Scottish Leaving Certificate Examination, 1960
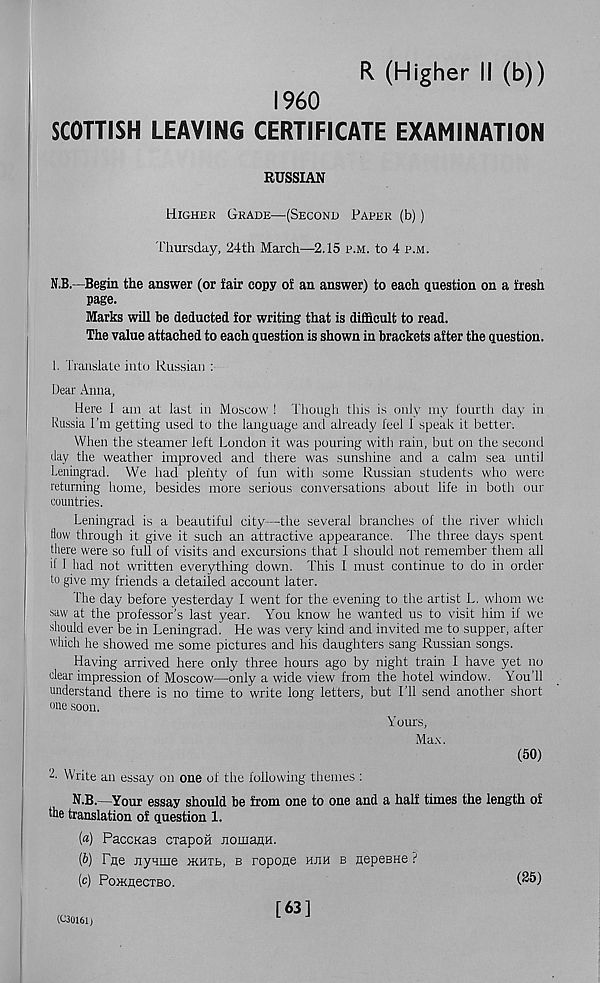
R (Higher II (b))
I960
SCOTTISH LEAVING CERTIFICATE EXAMINATION
RUSSIAN
Hjghek Grade—(Second Paper (b))
Thursday, 24th March—2.15 p.m. to 4 p.m.
N.B.—Begin the answer (or fair copy of an answer) to each question on a fresh
page.
Marks will be deducted for writing that is difficult to read.
The value attached to each question is shown in brackets after the question.
1. Translate into Russian :
Dear Anna,
Here I am at last in Moscow ! Though this is only my fourth day in
hussia I'm getting used to the language and already feel 1 speak it better.
When the steamer left London it was pouring with rain, but on the second
day the weather improved and there was sunshine and a calm sea until
Leningrad. We had plenty of fun with some Russian students who were
returning home, besides more serious conversations about life in both our
countries.
Leningrad is a beautiful city—the several branches of the river which
Bow through it give it such an attractive appearance. The three days spent
there were so full of visits and excursions that I should not remember them all
d 1 had not written everything down. This I must continue to do in order
to give my friends a detailed account later.
The day before yesterday I went for the evening to the artist L. whom we
saw at the professor’s last year. You know he wanted us to visit him if we
should ever be in Leningrad. He was very kind and invited me to supper, after
which he showed me some pictures and his daughters sang Russian songs.
Having arrived here only three hours ago by night train I have yet no
clear impression of Moscow—only a wide view from the hotel window'. You’ll
understand there is no time to write long letters, but I’ll send another short
one soon.
Yours,
Max.
(50)
2- Write an essay on one of the following themes :
N.B.—Your essay should be from one to one and a half times the length of
the translation of question 1.
(a) PaccKas cxapou nomaHH.
ip) rHe Jiyqme nom,, b ropoae hjih b nepesHe ?
(c) PomnecTBo,
(<C31U61)
[63]